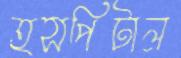
হসপিটাল